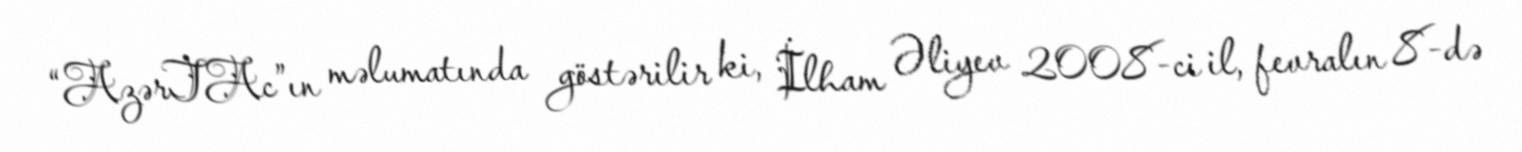
“AzərTAc”ın məlumatında göstərilir ki, İlham Əliyev 2008-ci il, fevralın 8-də